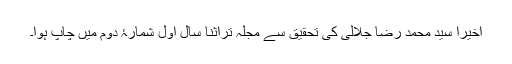
اخیرا سید محمد رضا جلالی کی تحقیق سے مجلہ تراثنا سال اول شمارۂ دوم میں چاپ ہوا۔